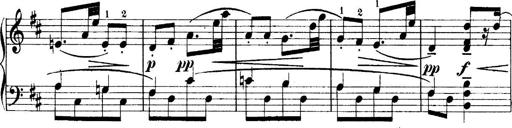
Title: 4 Sonatines
Composer: Max Reger